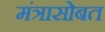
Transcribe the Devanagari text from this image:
मंत्रासोबत